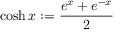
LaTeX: \cosh x : = { \frac { e ^ { x } + e ^ { - x } } { 2 } }